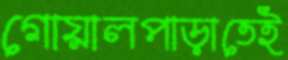
গোয়ালপাড়াতেই